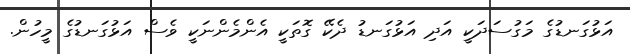
އަޅުގަނޑުގެ މަގުސަދަކީ އަދި އަޅުގަނޑު ދެކޭ ގޮތަކީ އެންމެންނަކީ ވެސް އަޅުގަނޑުގެ މީހުން.